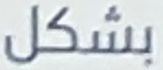
بشكل